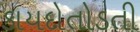
કાયદોતોડતી